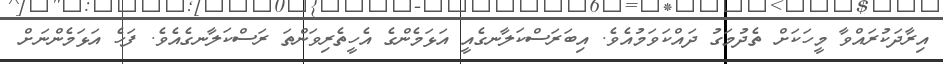
އިރާދަކުރައްވާ މީހަކަށް ތެދުމަގު ދައްކަވަމުއެވެ. އިބަރަސްކަލާނގެއީ އަޅަމެންގެ އެހީތެރިވަންތަ ރަސްކަލާނގެއެވެ. ފަހެ އަޅަމެންނަށް